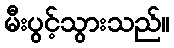
မီးပွင့်သွားသည်။